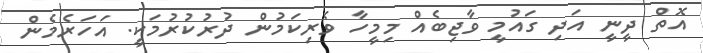
އޮތް ދީނީ އަދި ގައުމީ ވާޖިބެއް މިމީހާ ވެރިކަމުން ދުރުކުރުމަކީ. އަހަރެމެން